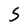
Character: S